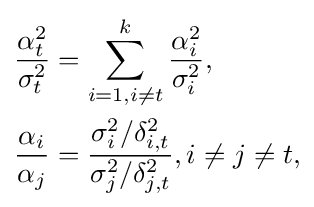
{\begin{aligned}&{\frac {\alpha _{t}^{2}}{\sigma _{t}^{2}}}=\sum _{i=1,i\neq t}^{k}{\frac {\alpha _{i}^{2}}{\sigma _{i}^{2}}},\\&{\frac {\alpha _{i}}{\alpha _{j}}}={\frac {\sigma _{i}^{2}/\delta _{i,t}^{2}}{\sigma _{j}^{2}/\delta _{j,t}^{2}}},i\neq j\neq t,\end{aligned}}